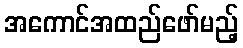
အကောင်အထည်ဖော်မည့်